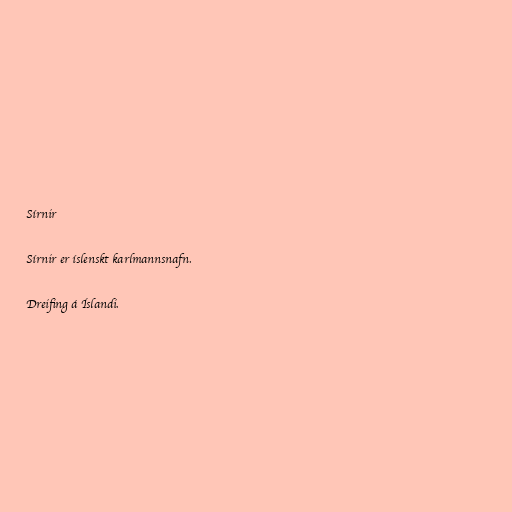
Sírnir

Sírnir er íslenskt karlmannsnafn.

Dreifing á Íslandi.